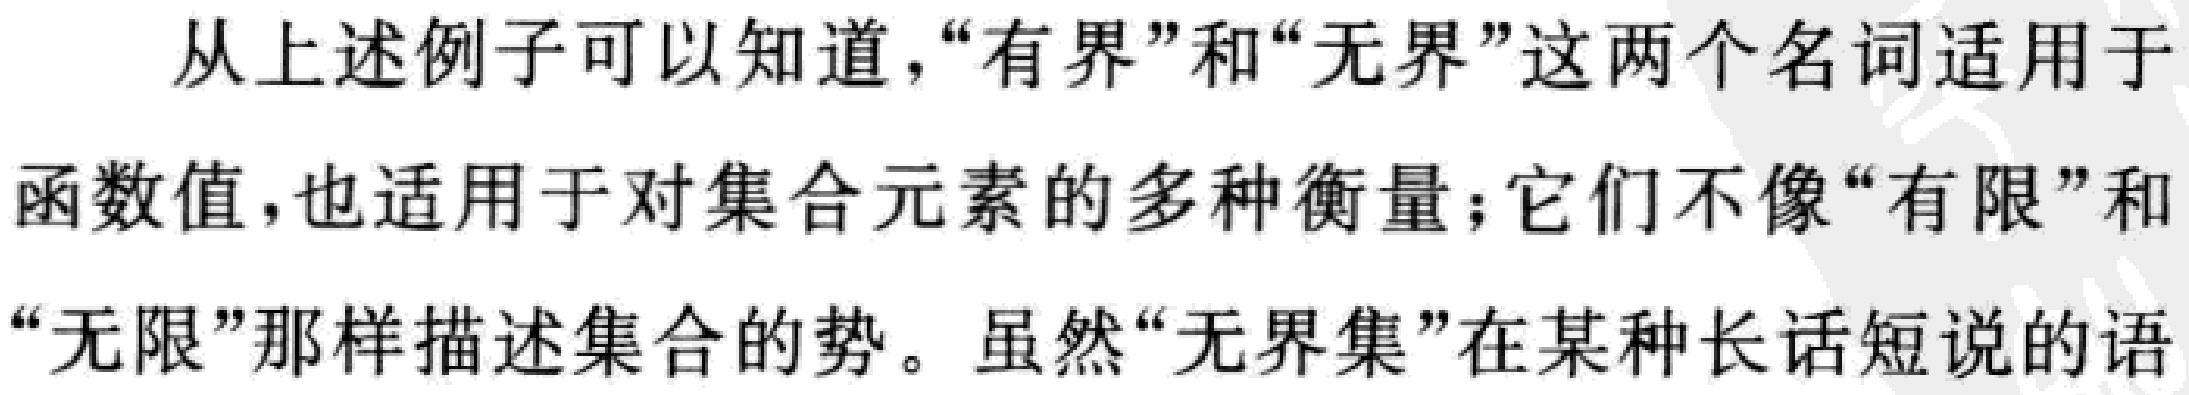
从上述例子可以知道，“有界”和“无界”这两个名词适用于函数值，也适用于对集合元素的多种衡量；它们不像“有限”和“无限”那样描述集合的势。虽然“无界集”在某种长话短说的语